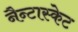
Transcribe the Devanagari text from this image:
नैन्टास्केट